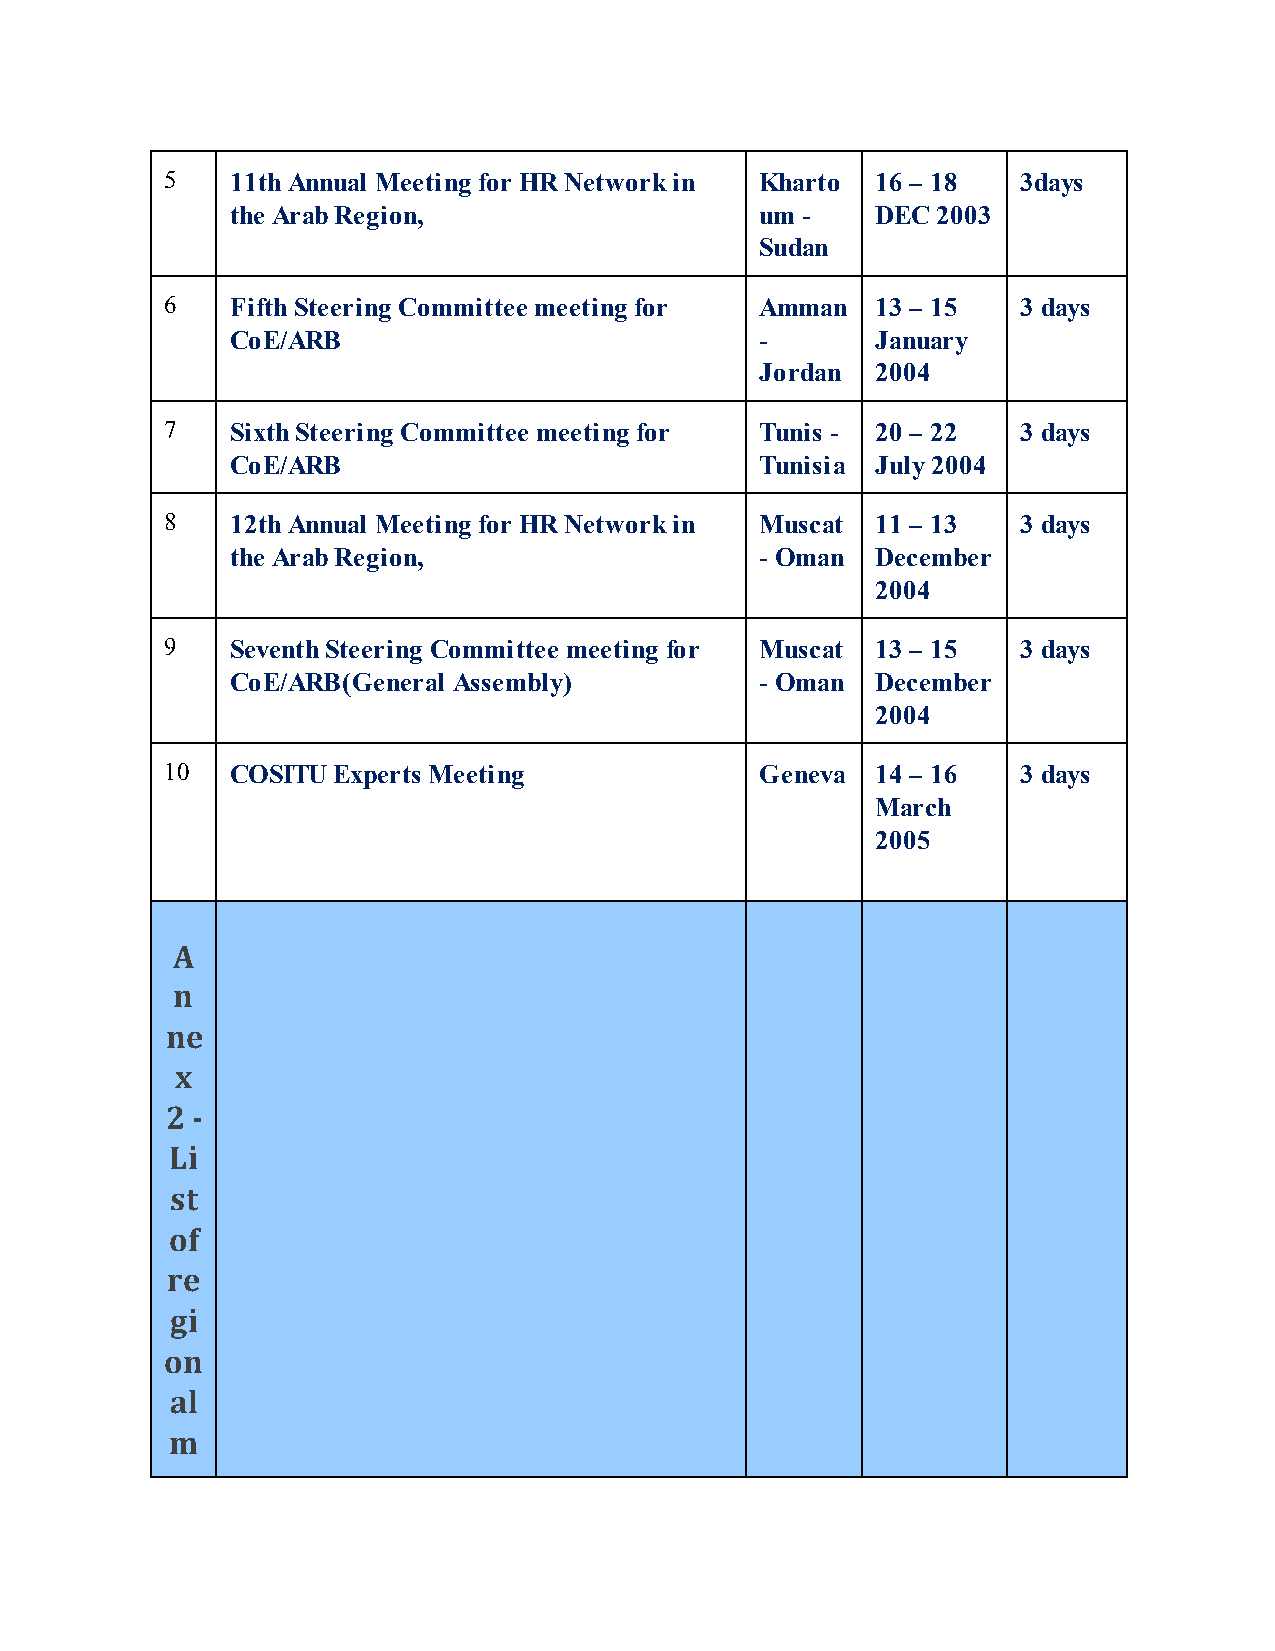
5   11th Annual Meeting for HR Network in Kharto 16 – 18 3days
 the Arab Region,                   um -    DEC 2003
 Sudan
 6   Fifth Steering Committee meeting for Amman 13 – 15   3 days
 CoE/ARB                            -       January
 Jordan  2004
 7   Sixth Steering Committee meeting for Tunis - 20 – 22 3 days
 CoE/ARB                            Tunisia July 2004
 8   12th Annual Meeting for HR Network in Muscat 11 – 13 3 days
 the Arab Region,                   - Oman  December
 2004
 9   Seventh Steering Committee meeting for Muscat 13 – 15 3 days
 CoE/ARB(General Assembly)          - Oman  December
 2004
 10  COSITU Experts Meeting             Geneva  14 – 16   3 days
 March
 2005
 A
 n
 ne
 x
 2 -
 Li
 st
 of
 re
 gi
 on
 al
 m